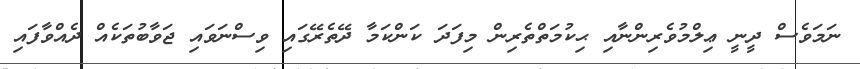
ނަމަވެސް ދީނީ ޢިލްމުވެރިންނާއި ޙިކުމަތްތެރިން މިފަދަ ކަންކަމާ ދޭތެރޭގައި ވިސްނަވައި ޖަވާބުތަކެއް ދެއްވާފައި